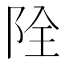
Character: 𨹑